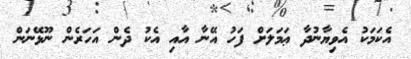
އެކަމަކު އެވިޔާނުދާ ޢަމަލަށް ފަހު އޭނާ އާއި އެކު ދެން އަހަރެން ނޫޅޭނަން